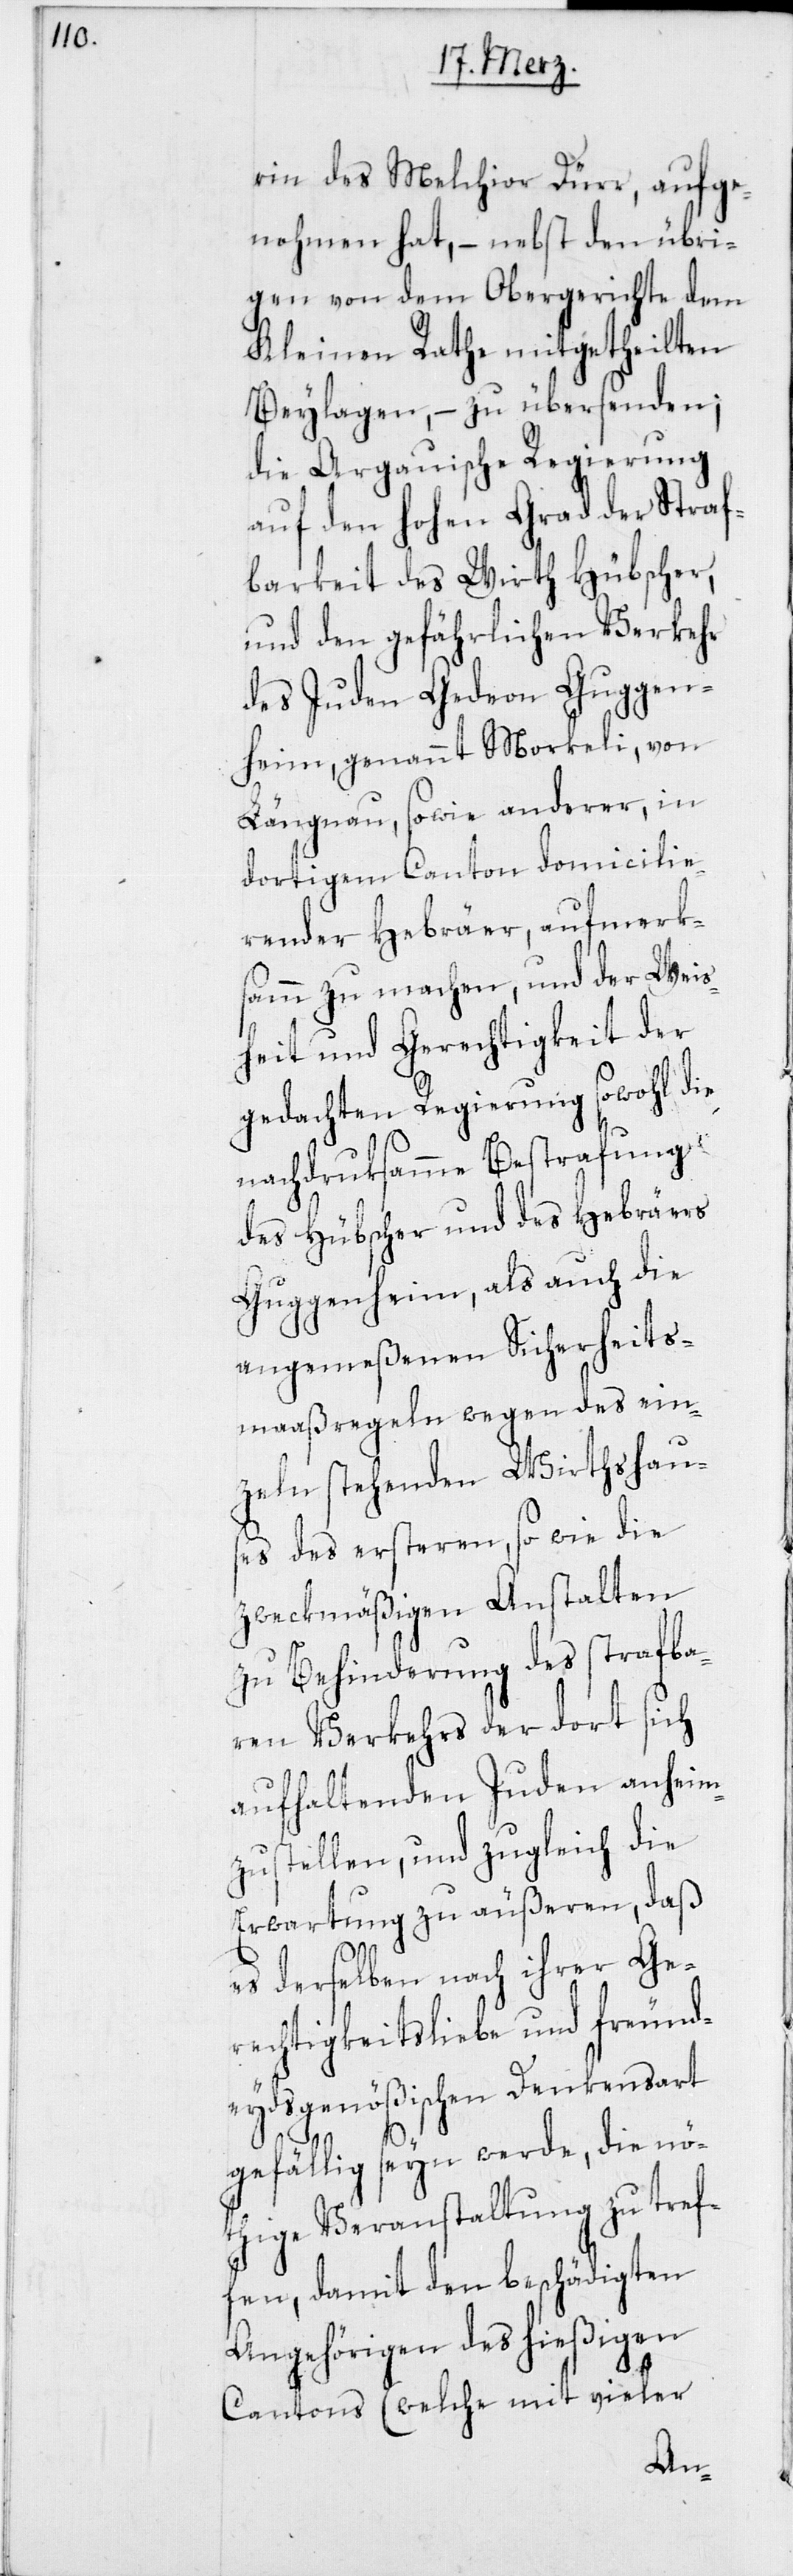
rin des Melchior Dürr, aufge¬
nohmen hat, – nebst den übri¬
gen von dem Obergerichte dem
Kleinen Rathe mitgetheilten
Beylagen, – zu übersenden;
die Argauische Regierung
auf den hohen Grad der Straf¬
barkeit des Wirth Hübscher,
und den gefährlichen Verkehr
des Juden Gedeon Guggen¬
heim, genannt Morkeli, von
Längnau, sowie anderer, in
dortigem Canton domicilie¬
render Hebräer, aufmerk¬
samm zu machen, und der Weis¬
heit und Gerechtigkeit der
gedachten Regierung sowohl die
nachdruksamme Bestrafung
des Hübscher und des Hebräers
Guggenheim, als auch die
angemeßenen Sicherheits¬
maaßregeln wegen des ein¬
zeln stehenden Wirtshaus¬
es des ersteren, so wie die
zweckmäßigen Anstalten
zu Behinderung des strafba¬
ren Verkehrs der dort sich
aufhaltenden Juden anheim¬
zustellen, und zugleich die
Erwartung zu äußeren, daß
es derselben nach ihrer Ge¬
rechtigkeitsliebe und freund¬
eydsgenößischen Denkensart
gefällig seyn werde, die nö¬
thige Veranstaltung zu tref¬
fen, damit den beschädigten
Angehörigen des hießigen
Cantons (welche mit vieler